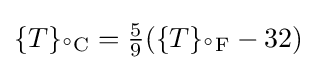
\{T\}_{\mathrm {^{\circ }C} }={\tfrac {5}{9}}(\{T\}_{\mathrm {^{\circ }F} }-32)